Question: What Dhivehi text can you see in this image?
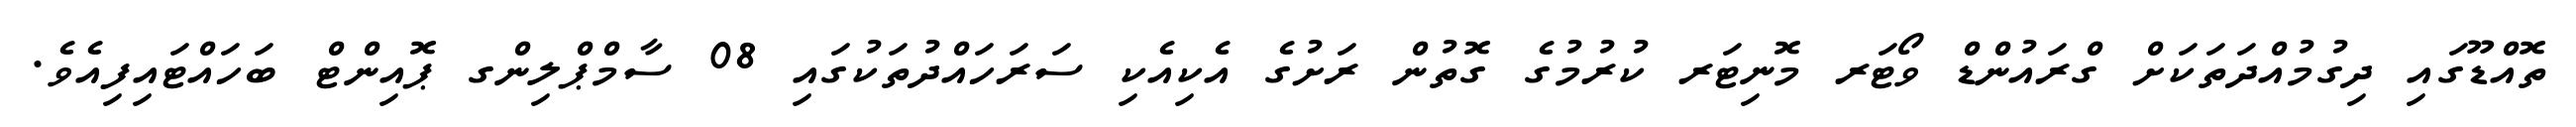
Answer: ތޮއްޑޫގައި ދިގުމުއްދަތަކަށް ގްރައުންޑް ވޯޓަރ މޮނިޓަރ ކުރުމުގެ ގޮތުން ރަށުގެ އެކިއެކި ސަރަހައްދުތަކުގައި 08 ސާމްޕްލިންގ ޕޮއިންޓް ބަހައްޓައިފިއެވެ.